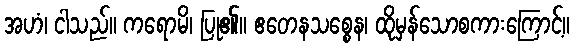
အဟံ၊ ငါသည်။ ကရောမိ၊ ပြု၏။ ဧတေနသစ္စေန၊ ထိုမှန်သောစကားကြောင့်။